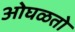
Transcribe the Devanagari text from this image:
ओघळतो